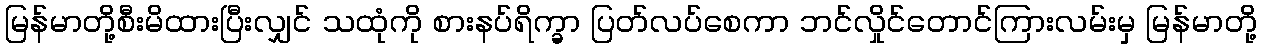
မြန်မာတို့စီးမိထားပြီးလျှင် သထုံကို စားနပ်ရိက္ခာ ပြတ်လပ်စေကာ ဘင်လှိုင်တောင်ကြားလမ်းမှ မြန်မာတို့